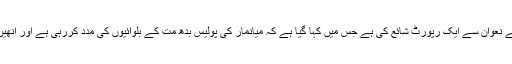
جوناتھن ہیڈ نے میانمار میںم سلمانوں کے گھر جلتے ہوئے کے نعوان سے ایک رپورٹ شائع کی ہے جس میں کہا گیا ہے کہ میانمار کی پولیس بدھ مت کے بلوائیوں کی مدد کررہی ہے اور انھیں مسلمانوں کے خلاف تشدد میں بھر پور مدد فرامہ کررہی ہے۔